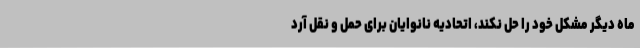
ماه دیگر مشکل خود را حل نکند، اتحادیه نانوایان برای حمل و نقل آرد